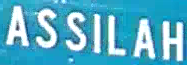
ASSILAH